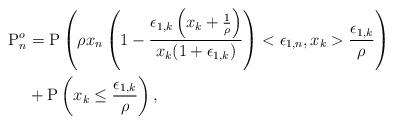
LaTeX: \begin{align*}\mathrm{P}^o_n &= \mathrm{P}\left( \rho x_n \left(1- \frac{ \epsilon_{1,k}\left( x_k +\frac{1}{\rho}\right)}{x_k (1+\epsilon_{1,k})}\right)<\epsilon_{1,n}, x_k> \frac{\epsilon_{1,k}}{\rho}\right) \\ &+\mathrm{P}\left(x_k\leq \frac{\epsilon_{1,k}}{\rho}\right),\end{align*}